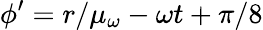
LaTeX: \phi^{\prime}=r/\mu_{\omega}-\omega t+\pi/8